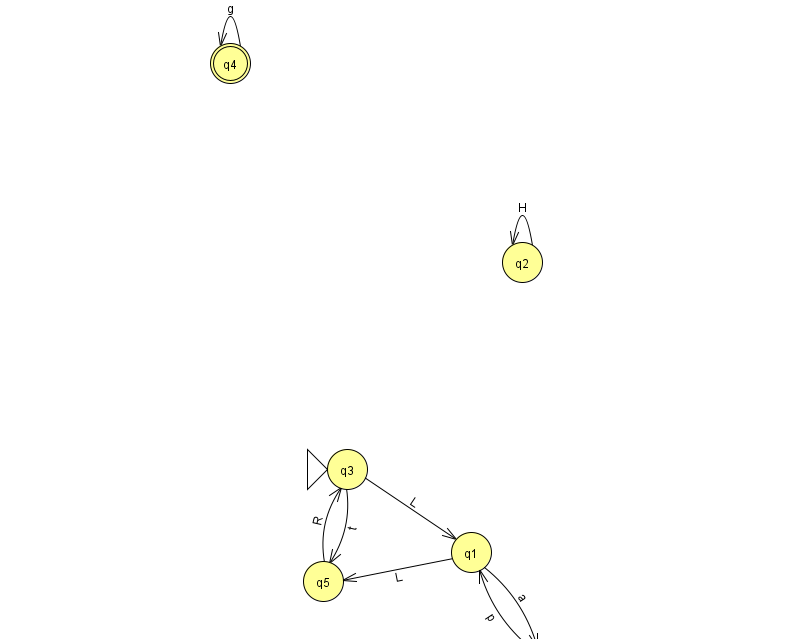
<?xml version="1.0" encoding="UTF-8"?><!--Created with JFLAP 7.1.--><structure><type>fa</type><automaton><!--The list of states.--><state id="0" name="q0"><x>545.0</x><y>651.0</y></state><state id="1" name="q1"><x>471.0</x><y>539.0</y></state><state id="2" name="q2"><x>522.0</x><y>249.0</y></state><state id="3" name="q3"><x>347.0</x><y>456.0</y><initial/></state><state id="4" name="q4"><x>230.0</x><y>50.0</y><final/></state><state id="5" name="q5"><x>323.0</x><y>568.0</y></state><!--The list of transitions.--><transition><from>3</from><to>1</to><read>L</read></transition><transition><from>3</from><to>5</to><read>t</read></transition><transition><from>1</from><to>5</to><read>L</read></transition><transition><from>5</from><to>3</to><read>R</read></transition><transition><from>4</from><to>4</to><read>g</read></transition><transition><from>0</from><to>1</to><read>p</read></transition><transition><from>2</from><to>2</to><read>H</read></transition><transition><from>1</from><to>0</to><read>a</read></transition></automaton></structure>